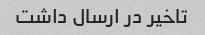
تاخیر در ارسال داشت